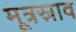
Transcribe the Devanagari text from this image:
मूत्रस्राव